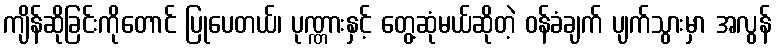
ကျိန်ဆိုခြင်းကိုတောင် ပြုပေတယ်၊ ပုဏ္ဏားနှင့် တွေ့ဆုံမယ်ဆိုတဲ့ ဝန်ခံချက် ပျက်သွားမှာ အလွန်